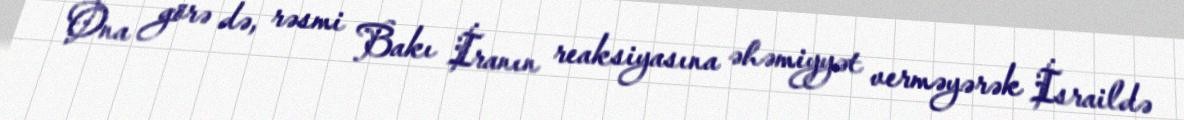
Ona görə də, rəsmi Bakı İranın reaksiyasına əhəmiyyət verməyərək İsraildə